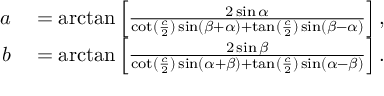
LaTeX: \begin{array} { r l } { a } & { { } = \arctan \left[ { \frac { 2 \sin \alpha } { \cot ( { \frac { c } { 2 } } ) \sin ( \beta + \alpha ) + \tan ( { \frac { c } { 2 } } ) \sin ( \beta - \alpha ) } } \right] , } \\ { b } & { { } = \arctan \left[ { \frac { 2 \sin \beta } { \cot ( { \frac { c } { 2 } } ) \sin ( \alpha + \beta ) + \tan ( { \frac { c } { 2 } } ) \sin ( \alpha - \beta ) } } \right] . } \end{array}